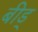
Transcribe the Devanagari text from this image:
बीड्